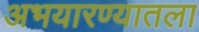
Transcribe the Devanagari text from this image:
अभयारण्यातला